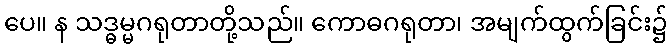
ပေ။ န သဒ္ဓမ္မဂရုတာတို့သည်။ ကောဓဂရုတာ၊ အမျက်ထွက်ခြင်း၌